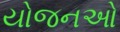
યોજનઓ